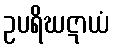
ဥပရိဃဋာယံ